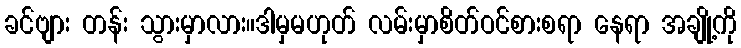
ခင်ဗျား တန်း သွားမှာလား။ဒါမှမဟုတ် လမ်းမှာစိတ်ဝင်စားစရာ နေရာ အချို့ကို